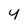
Character: y